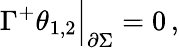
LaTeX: \Gamma^{+}\theta_{1,2}\Big|_{\partial\Sigma}=0\, ,